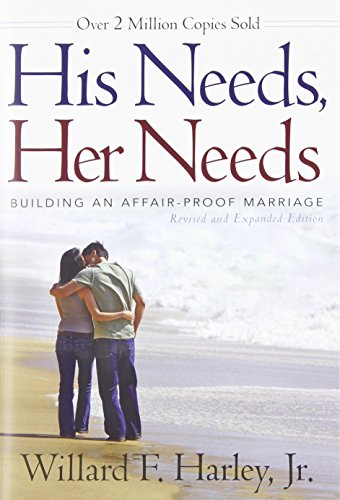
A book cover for His Needs, Her Needs: Building an Affair-Proof Marriage; Willard F. Jr. Harley; Parenting & Relationships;